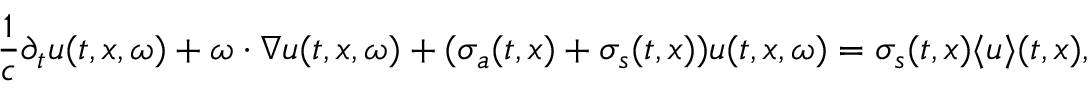
\frac { 1 } { c } \partial _ { t } u ( t , x , \omega ) + \omega \cdot \nabla u ( t , x , \omega ) + ( \sigma _ { a } ( t , x ) + \sigma _ { s } ( t , x ) ) u ( t , x , \omega ) = \sigma _ { s } ( t , x ) \langle { u } \rangle ( t , x ) ,